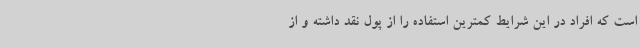
است که افراد در این شرایط کمترین استفاده را از پول نقد داشته و از